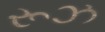
રૂઝ